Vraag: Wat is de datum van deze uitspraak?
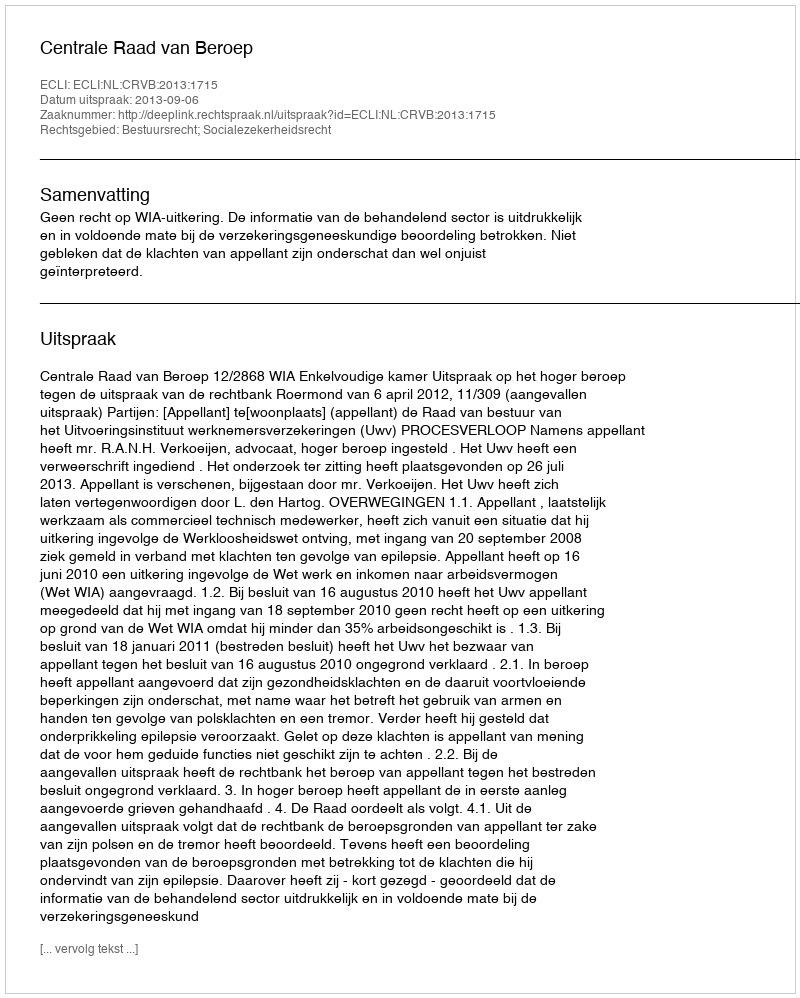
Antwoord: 2013-09-06